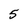
Character: 5